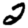
Digit: 2